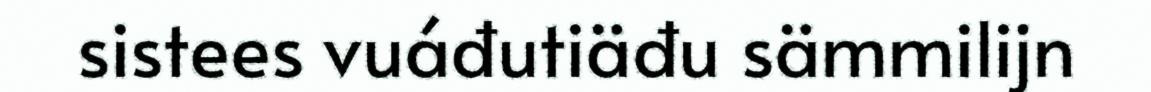
sistees vuáđutiäđu sämmilijn